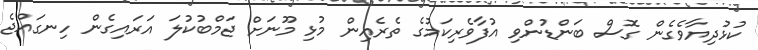
ކުޅުދިޔާވެގެން ގޮސް ބަންޑުންވި އުފާވެރިކަމުގެ ތެރެއިން މުޅި މޫނަށް ޖަމްބުކުލަ އަރައިގެން ހިނގައްޖެ